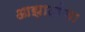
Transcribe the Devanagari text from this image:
आझादांचा